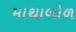
માથાબોળ